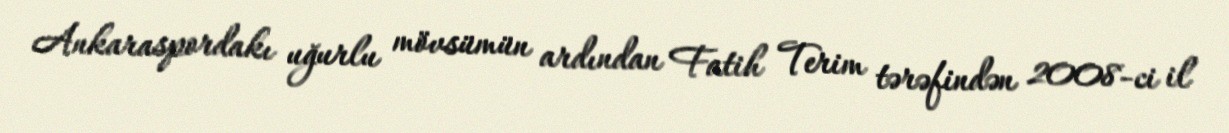
Ankaraspordakı uğurlu mövsümün ardından Fatih Terim tərəfindən 2008-ci il